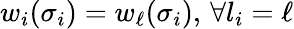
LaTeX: w_{i}(\sigma_{i})=w_{\ell}(\sigma_{i}),\, \forall l_{i}=\ell